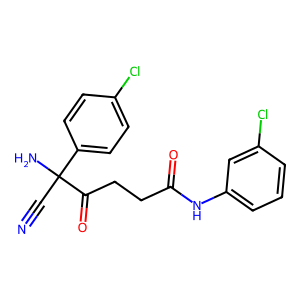
SMILES: N#CC(N)(C(=O)CCC(=O)Nc1cccc(Cl)c1)c1ccc(Cl)cc1
Inhibits HIV replication: No